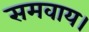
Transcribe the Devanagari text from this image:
समवाय।